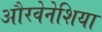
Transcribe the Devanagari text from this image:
औरवेनेशिया